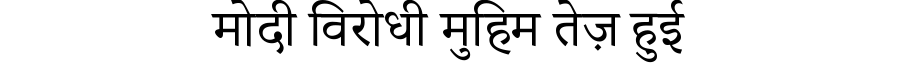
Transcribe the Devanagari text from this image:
मोदी विरोधी मुहिम तेज़ हुई